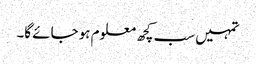
تمہیں سب کچھ معلوم ہو جائے گا۔